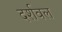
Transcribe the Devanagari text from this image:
दर्शवल